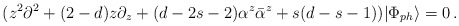
\begin{align*}(z^2\partial^2+(2-d)z\partial_z+(d-2s-2)\alpha^z\bar{\alpha}^z+s(d-s-1))|\Phi_{ph}\rangle=0\,.\end{align*}